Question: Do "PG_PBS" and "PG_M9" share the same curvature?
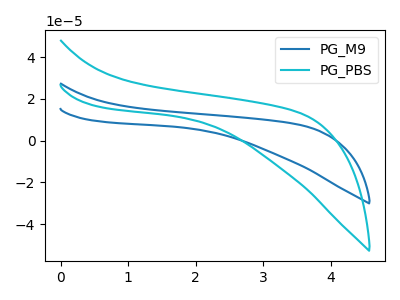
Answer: <think>The blue curve "PG_M9" has no peaks. The cyan curve "PG_PBS" has no peaks.
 Neither "PG_PBS" or "PG_M9" have any peaks.</think>
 <answer>"PG_PBS" and "PG_M9" are similar in shape.</answer>
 <eval>same_shape</eval>